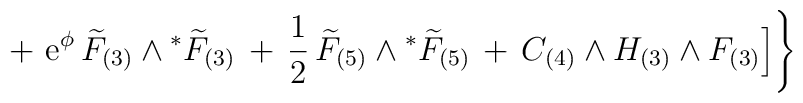
+ \,\,{\rm e}^{\phi} \,{\widetilde{F}}_{(3)} \wedge {}^* {\widetilde{F}}_{(3)} \,+\, \frac{1}{2}\, {\widetilde{F}}_{(5)} \wedge {}^* {\widetilde{F}}_{(5)}  \, +\,  C_{(4)} \wedge H_{(3)} \wedge F_{(3)} \Big] \Bigg\}